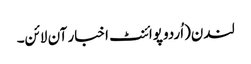
لندن(اُردو پوائنٹ اخبار آن لائن۔